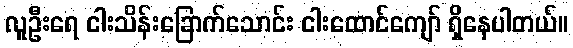
လူဦးရေ ငါးသိန်းခြောက်သောင်း ငါးထောင်ကျော် ရှိနေပါတယ်။